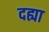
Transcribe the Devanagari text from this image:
दह्या